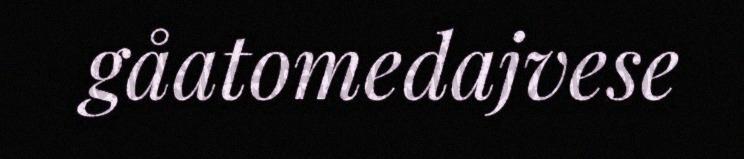
gåatomedajvese